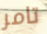
تامر